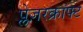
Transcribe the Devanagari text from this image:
प्लेज़रक्राफ्ट